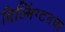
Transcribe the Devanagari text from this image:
विल्मिंग्टनचा